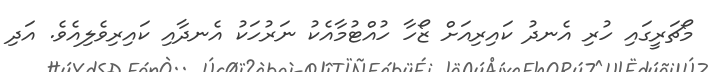
މޯޗަރީގައި ހުރި އެނދު ކައިރިއަށް ޒޯހާ ހުއްޓުމާއެކު ނަރުހަކު އެނދާއި ކައިރިވެލިއެވެ. އަދި